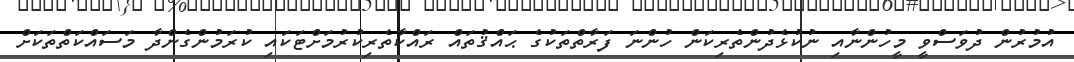
އުމުރުން ދުވަސްވީ މީހުންނާއި ނުކުޅެދުންތެރިކަން ހުންނަ ފަރާތްތަކުގެ ޙައްޤުތައް ރައްކާތެރިކުރުމަށްޓަކައި ކުރަމުންގެންދާ މަސައްކަތްތަކަށް